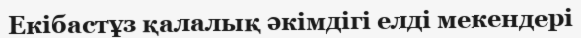
Екібастұз қалалық әкімдігі елді мекендері